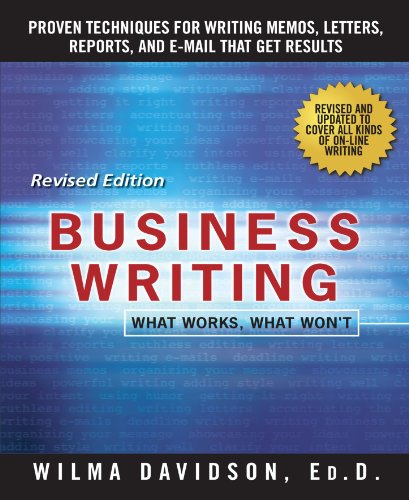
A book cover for Business Writing: What Works, What Won't; Wilma Davidson; Business & Money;